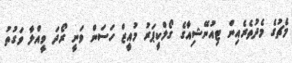
މެޗުގެ މެދުތެރެއިން ޓިއުނޭޝިއާގެ ގޯލްކީޕަރު މުއީޒް ހަސަން ވަނީ ރޯދަ ވީއްލާ ވަގުތު